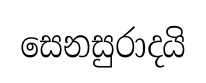
සෙනසුරාදයි